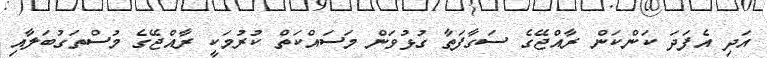
އަދި އެފަދަ ކަންކަން ރާއްްޖޭގެ ސަގާފަތާ ގުޅުވަން މަސައްކަތް ކުރުމަކީ ރާއްޖޭގެ މުސްތަގުބަލާއި